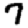
Digit: 7